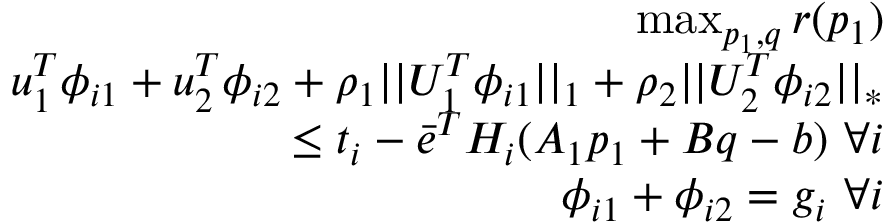
\begin{array} { r } { \operatorname* { m a x } _ { p _ { 1 } , q } r ( p _ { 1 } ) } \\ { u _ { 1 } ^ { T } \phi _ { i 1 } + u _ { 2 } ^ { T } \phi _ { i 2 } + \rho _ { 1 } | | U _ { 1 } ^ { T } \phi _ { i 1 } | | _ { 1 } + \rho _ { 2 } | | U _ { 2 } ^ { T } \phi _ { i 2 } | | _ { * } } \\ { \le t _ { i } - \bar { e } ^ { T } H _ { i } ( A _ { 1 } p _ { 1 } + B q - b ) ~ \forall i } \\ { \phi _ { i 1 } + \phi _ { i 2 } = g _ { i } ~ \forall i } \end{array}